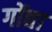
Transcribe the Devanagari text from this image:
गोंद्या